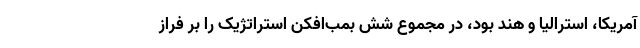
آمریکا، استرالیا و هند بود، در مجموع شش بمب‌افکن استراتژیک را بر فراز